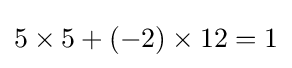
5\times 5+(-2)\times 12=1